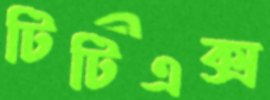
টিটিএক্স